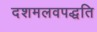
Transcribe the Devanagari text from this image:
दशमलवपद्धति